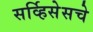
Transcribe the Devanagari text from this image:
सर्व्हिसेसचे